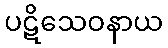
ပဋိသေဝနာယ